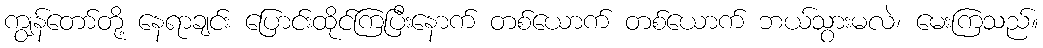
ကျွန်တော်တို့ နေရာချင်း ပြောင်းထိုင်ကြပြီးနောက် တစ်ယောက် တစ်ယောက် ဘယ်သွားမလဲ၊ မေးကြသည်။